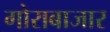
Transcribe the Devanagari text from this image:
गोराबाजार